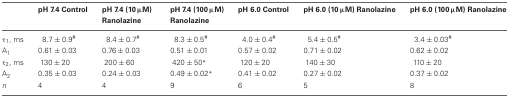
<table><thead><tr><td></td><td><b>pH 7.4 Control</b></td><td><b>pH 7.4 (10 μM) Ranolazine</b></td><td><b>pH 7.4 (100 μM) Ranolazine</b></td><td><b>pH 6.0 Control</b></td><td><b>pH 6.0 (10 μM) Ranolazine</b></td><td><b>pH 6.0 (100 μM) Ranolazine</b></td></tr></thead><tbody><tr><td>τ<sub>1</sub>, ms</td><td>8.7 ± 0.9<sup>#</sup></td><td>8.4 ± 0.7<sup>#</sup></td><td>8.3 ± 0.5<sup>#</sup></td><td>4.0 ± 0.4<sup>#</sup></td><td>5.4 ± 0.5<sup>#</sup></td><td>3.4 ± 0.03<sup>#</sup></td></tr><tr><td>A<sub>1</sub></td><td>0.61 ± 0.03</td><td>0.76 ± 0.03</td><td>0.51 ± 0.01</td><td>0.57 ± 0.02</td><td>0.71 ± 0.02</td><td>0.62 ± 0.02</td></tr><tr><td>τ<sub>2</sub>, ms</td><td>130 ± 20</td><td>200 ± 60</td><td>420 ± 50<sup>*</sup></td><td>120 ± 20</td><td>140 ± 30</td><td>110 ± 20</td></tr><tr><td>A<sub>2</sub></td><td>0.35 ± 0.03</td><td>0.24 ± 0.03</td><td>0.49 ± 0.02<sup>*</sup></td><td>0.41 ± 0.02</td><td>0.27 ± 0.02</td><td>0.37 ± 0.02</td></tr><tr><td><i>n</i></td><td>4</td><td>4</td><td>9</td><td>6</td><td>5</td><td>8</td></tr></tbody></table>